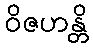
ဝိဇဟန္တိ